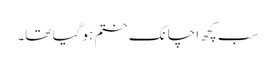
سب کچھ اچانک ختم ہو گیا تھا۔